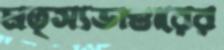
মত্স্যভাণ্ডারের